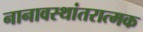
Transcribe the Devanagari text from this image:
नानावस्थांतरात्मक